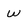
Character: w